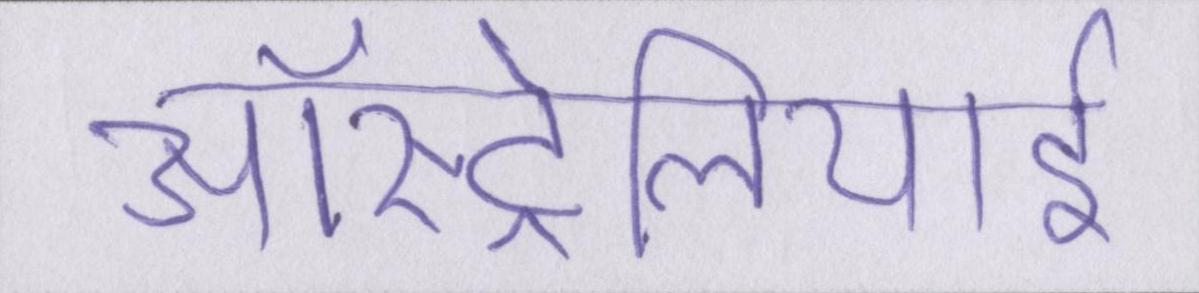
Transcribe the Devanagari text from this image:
ऑस्ट्रेलियाई